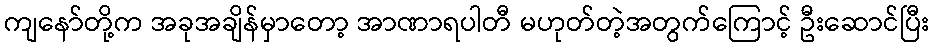
ကျနော်တို့က အခုအချိန်မှာတော့ အာဏာရပါတီ မဟုတ်တဲ့အတွက်ကြောင့် ဦးဆောင်ပြီး